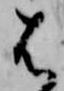
は